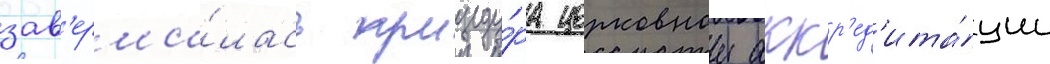
зав'ерши́лась процеду́ра церковнои аккр'ед'ита́ции